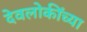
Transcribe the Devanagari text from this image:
देवलोकींच्या